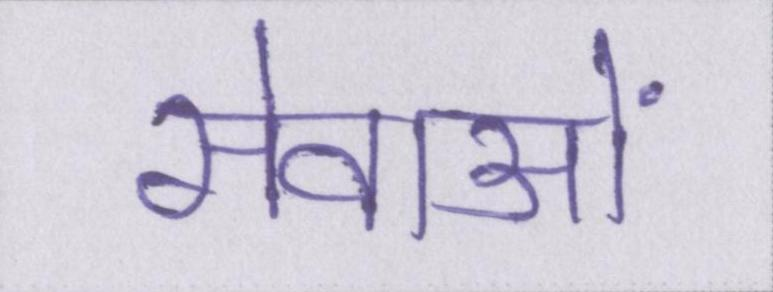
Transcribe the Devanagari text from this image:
सेवाओं